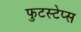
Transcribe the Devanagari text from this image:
फुटस्टेप्स